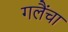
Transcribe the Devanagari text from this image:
गलैंचा